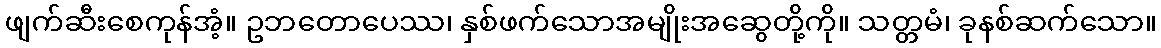
ဖျက်ဆီးစေကုန်အံ့။ ဥဘတောပေဿ၊ နှစ်ဖက်သောအမျိုးအဆွေတို့ကို။ သတ္တမံ၊ ခုနစ်ဆက်သော။